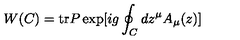
W ( C ) = \mathrm { t r } P \exp [ i g \oint _ { C } d z ^ { \mu } A _ { \mu } ( z ) ]